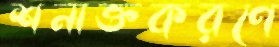
শনাক্তকরণে